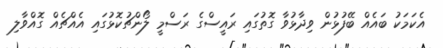
އެކަމަކު ބައެއް ބޭފުޅުން ވިދާޅުވާ ގޮތުގައި ރައީސްގެ ރަސްމީ ލޯންޗުކޮޅުގައި އެއްޗެއް ގޮއްވާލި